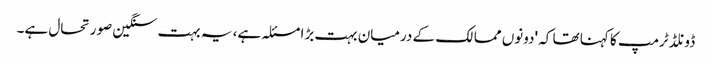
ڈونلڈ ٹرمپ کا کہنا تھا کہ 'دونوں ممالک کے درمیان بہت بڑا مسئلہ ہے، یہ بہت سنگین صورتحال ہے۔